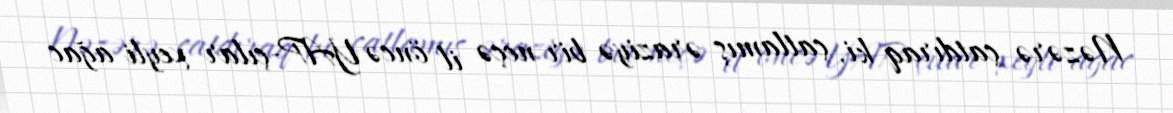
Nəzərə çatdıraq ki, çatlamış əraziyə bir neçə il öncə YAP-çılar xeyli ağac